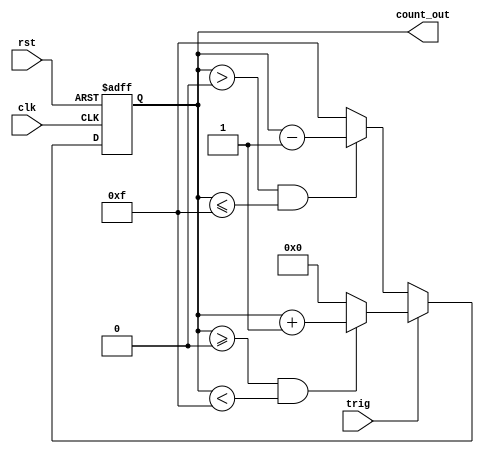
`timescale 1ns / 1ps
//////////////////////////////////////////////////////////////////////////////////
// Company: 
// Engineer: 
// 
// Design Name: 
// Module Name:    Bit_4_UP_DOWN_COUNTER 
// Project Name: 
// Target Devices: 
// Tool versions: 
// Description: 
//
// Dependencies: 
//
// Revision: 
// Revision 0.01 - File Created
// Additional Comments: 
//
//////////////////////////////////////////////////////////////////////////////////
module Bit_4_UP_DOWN_COUNTER(trig,clk,rst,count_out);


input trig;
input clk,rst;
output reg [3:0] count_out=0;

always@(posedge clk or negedge rst) begin

if(!rst) begin
count_out=4'd0;
end

else if(trig==1'b1) begin
if(count_out>=4'd0 && count_out<4'd15) begin
count_out=count_out+1;
end
else begin
count_out=4'd0;
end
end

else if(trig==1'b0) begin
if(count_out>4'd0 && count_out<=4'd15) begin
count_out=count_out-1;
end
else begin
count_out=4'd15;
end
end
end

endmodule